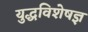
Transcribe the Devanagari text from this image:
युद्धविशेषज्ञ